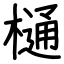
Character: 樋